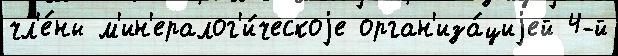
чл'е́ны м'ин'ералог'и́ческоjе орган'иза́циjей 4-й